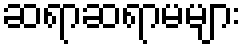
ဆရာဆရာမများ